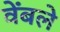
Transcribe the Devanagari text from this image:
वेंबले